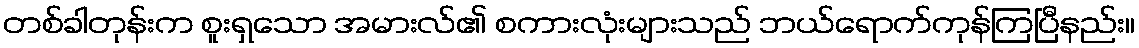
တစ်ခါတုန်းက စူးရှသော အမားလ်၏ စကားလုံးများသည် ဘယ်ရောက်ကုန်ကြပြီနည်း။